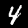
Label: 4